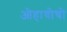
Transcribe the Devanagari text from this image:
ओहायोचो